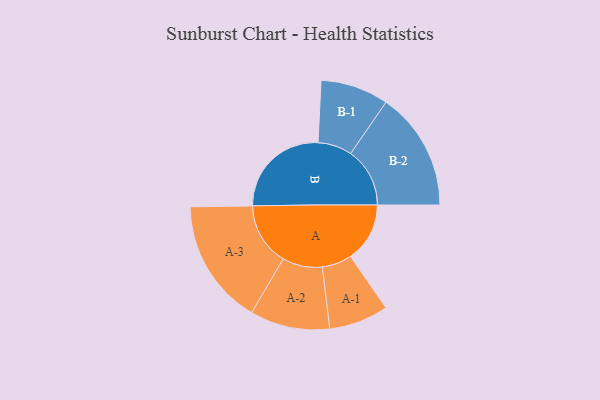
{"axis": {"x": "Segment", "y": "Value"}, "legend": ["", "A", "B"], "data": [{"x": "A", "y": 233, "type": ""}, {"x": "B", "y": 394, "type": ""}, {"x": "A-1", "y": 117, "type": "A"}, {"x": "A-2", "y": 157, "type": "A"}, {"x": "A-3", "y": 247, "type": "A"}, {"x": "B-1", "y": 134, "type": "B"}, {"x": "B-2", "y": 233, "type": "B"}]}